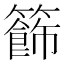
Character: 籂